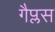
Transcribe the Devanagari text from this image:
गैप्लस